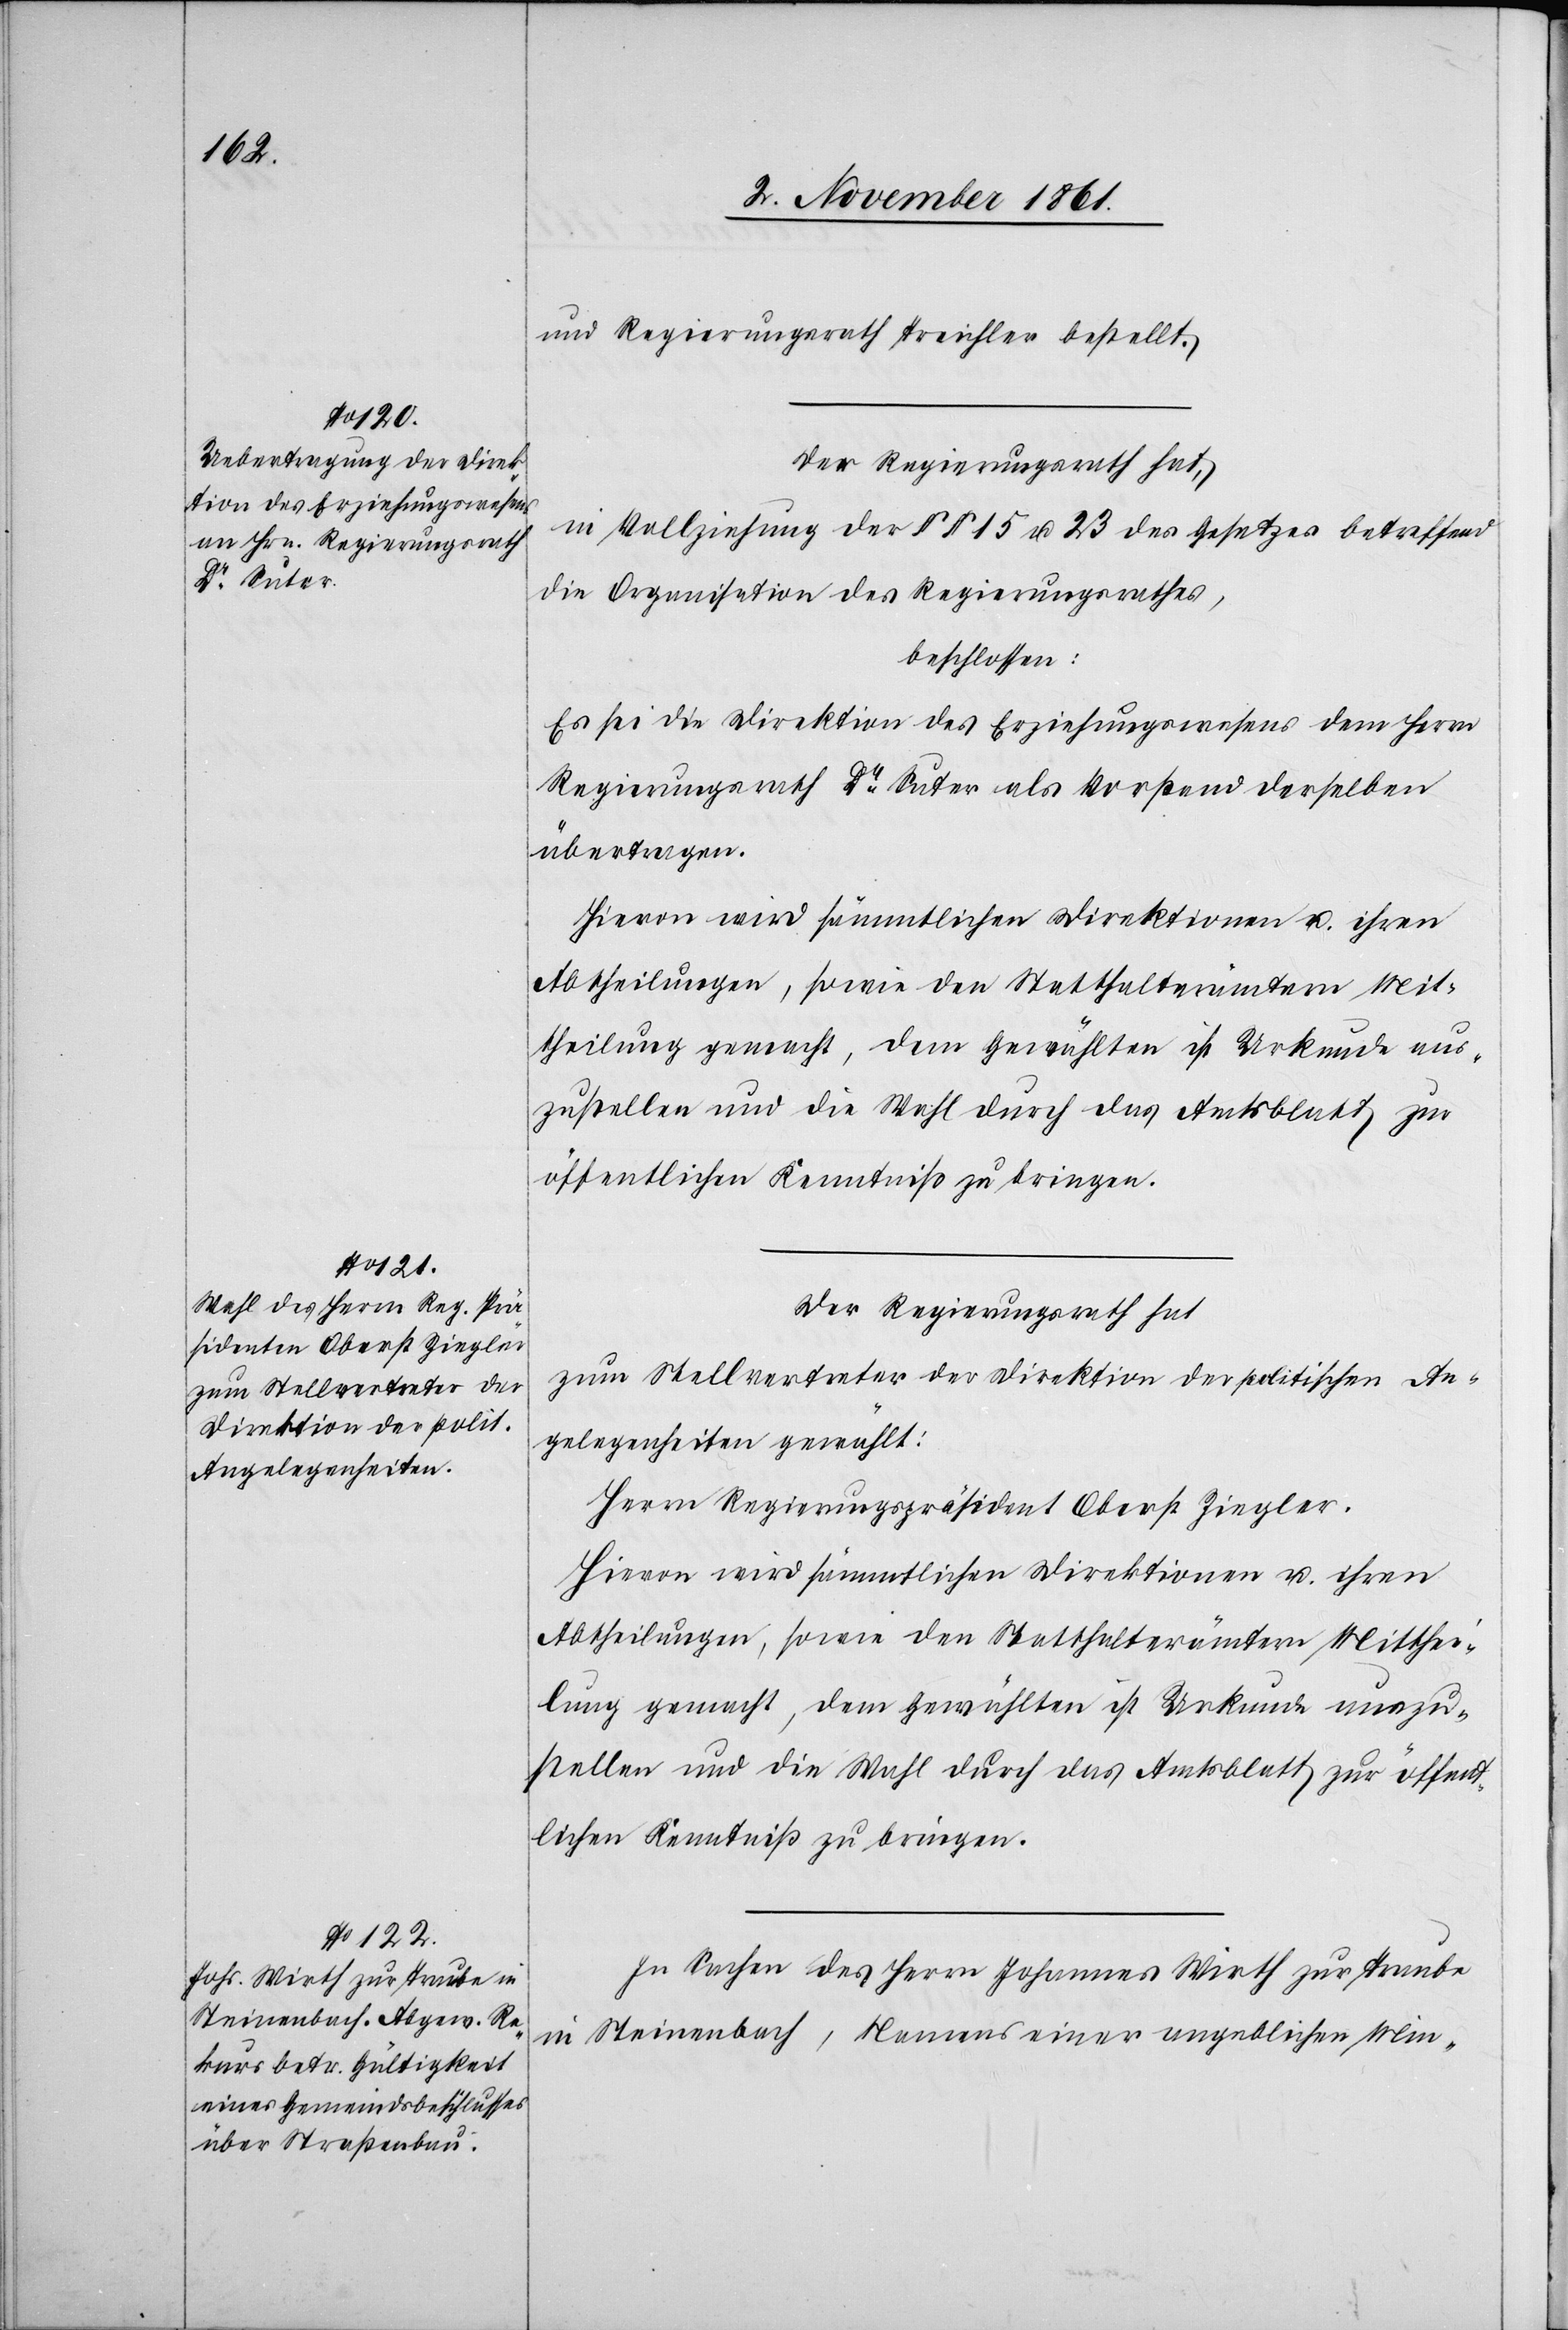
und Regierungsrath Treichler bestellt.
Der Regierungsrath hat,
in Vollziehung der §§ 15 u. 23 des Gesetzes betreffend
die Organisation des Regierungsrathes,
beschlossen:
Es sei die Direktion des Erziehungswesens dem Herrn
Regierungsrath Dr Suter als Vorstand derselben
übertragen.
Hievon wird sämmtlichen Direktionen u. ihren
Abtheilungen, sowie den Statthalterämtern Mit¬
theilung gemacht, dem Gewählten ist Urkunde aus¬
zustellen und die Wahl durch das Amtsblatt zur
öffentlichen Kenntniß zu bringen.
Der Regierungsrath hat
zum Stellvertreter der Direktion der politischen An¬
gelegenheiten gewählt:
Herrn Regierungspräsident Oberst Ziegler.
Hievon wird sämmtlichen Direktionen u. ihren
Abtheilungen, sowie den Statthalterämtern Mitthei¬
lung gemacht, dem Gewählten ist Urkunde auszu¬
stellen und die Wahl durch das Amtsblatt zur öffent¬
lichen Kenntniß zu bringen.
In Sachen des Herrn Johannes Wirth zur Traube
in Steinenbach, Namens einer unglaublichen Min-